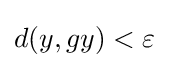
d(y,gy)<\varepsilon